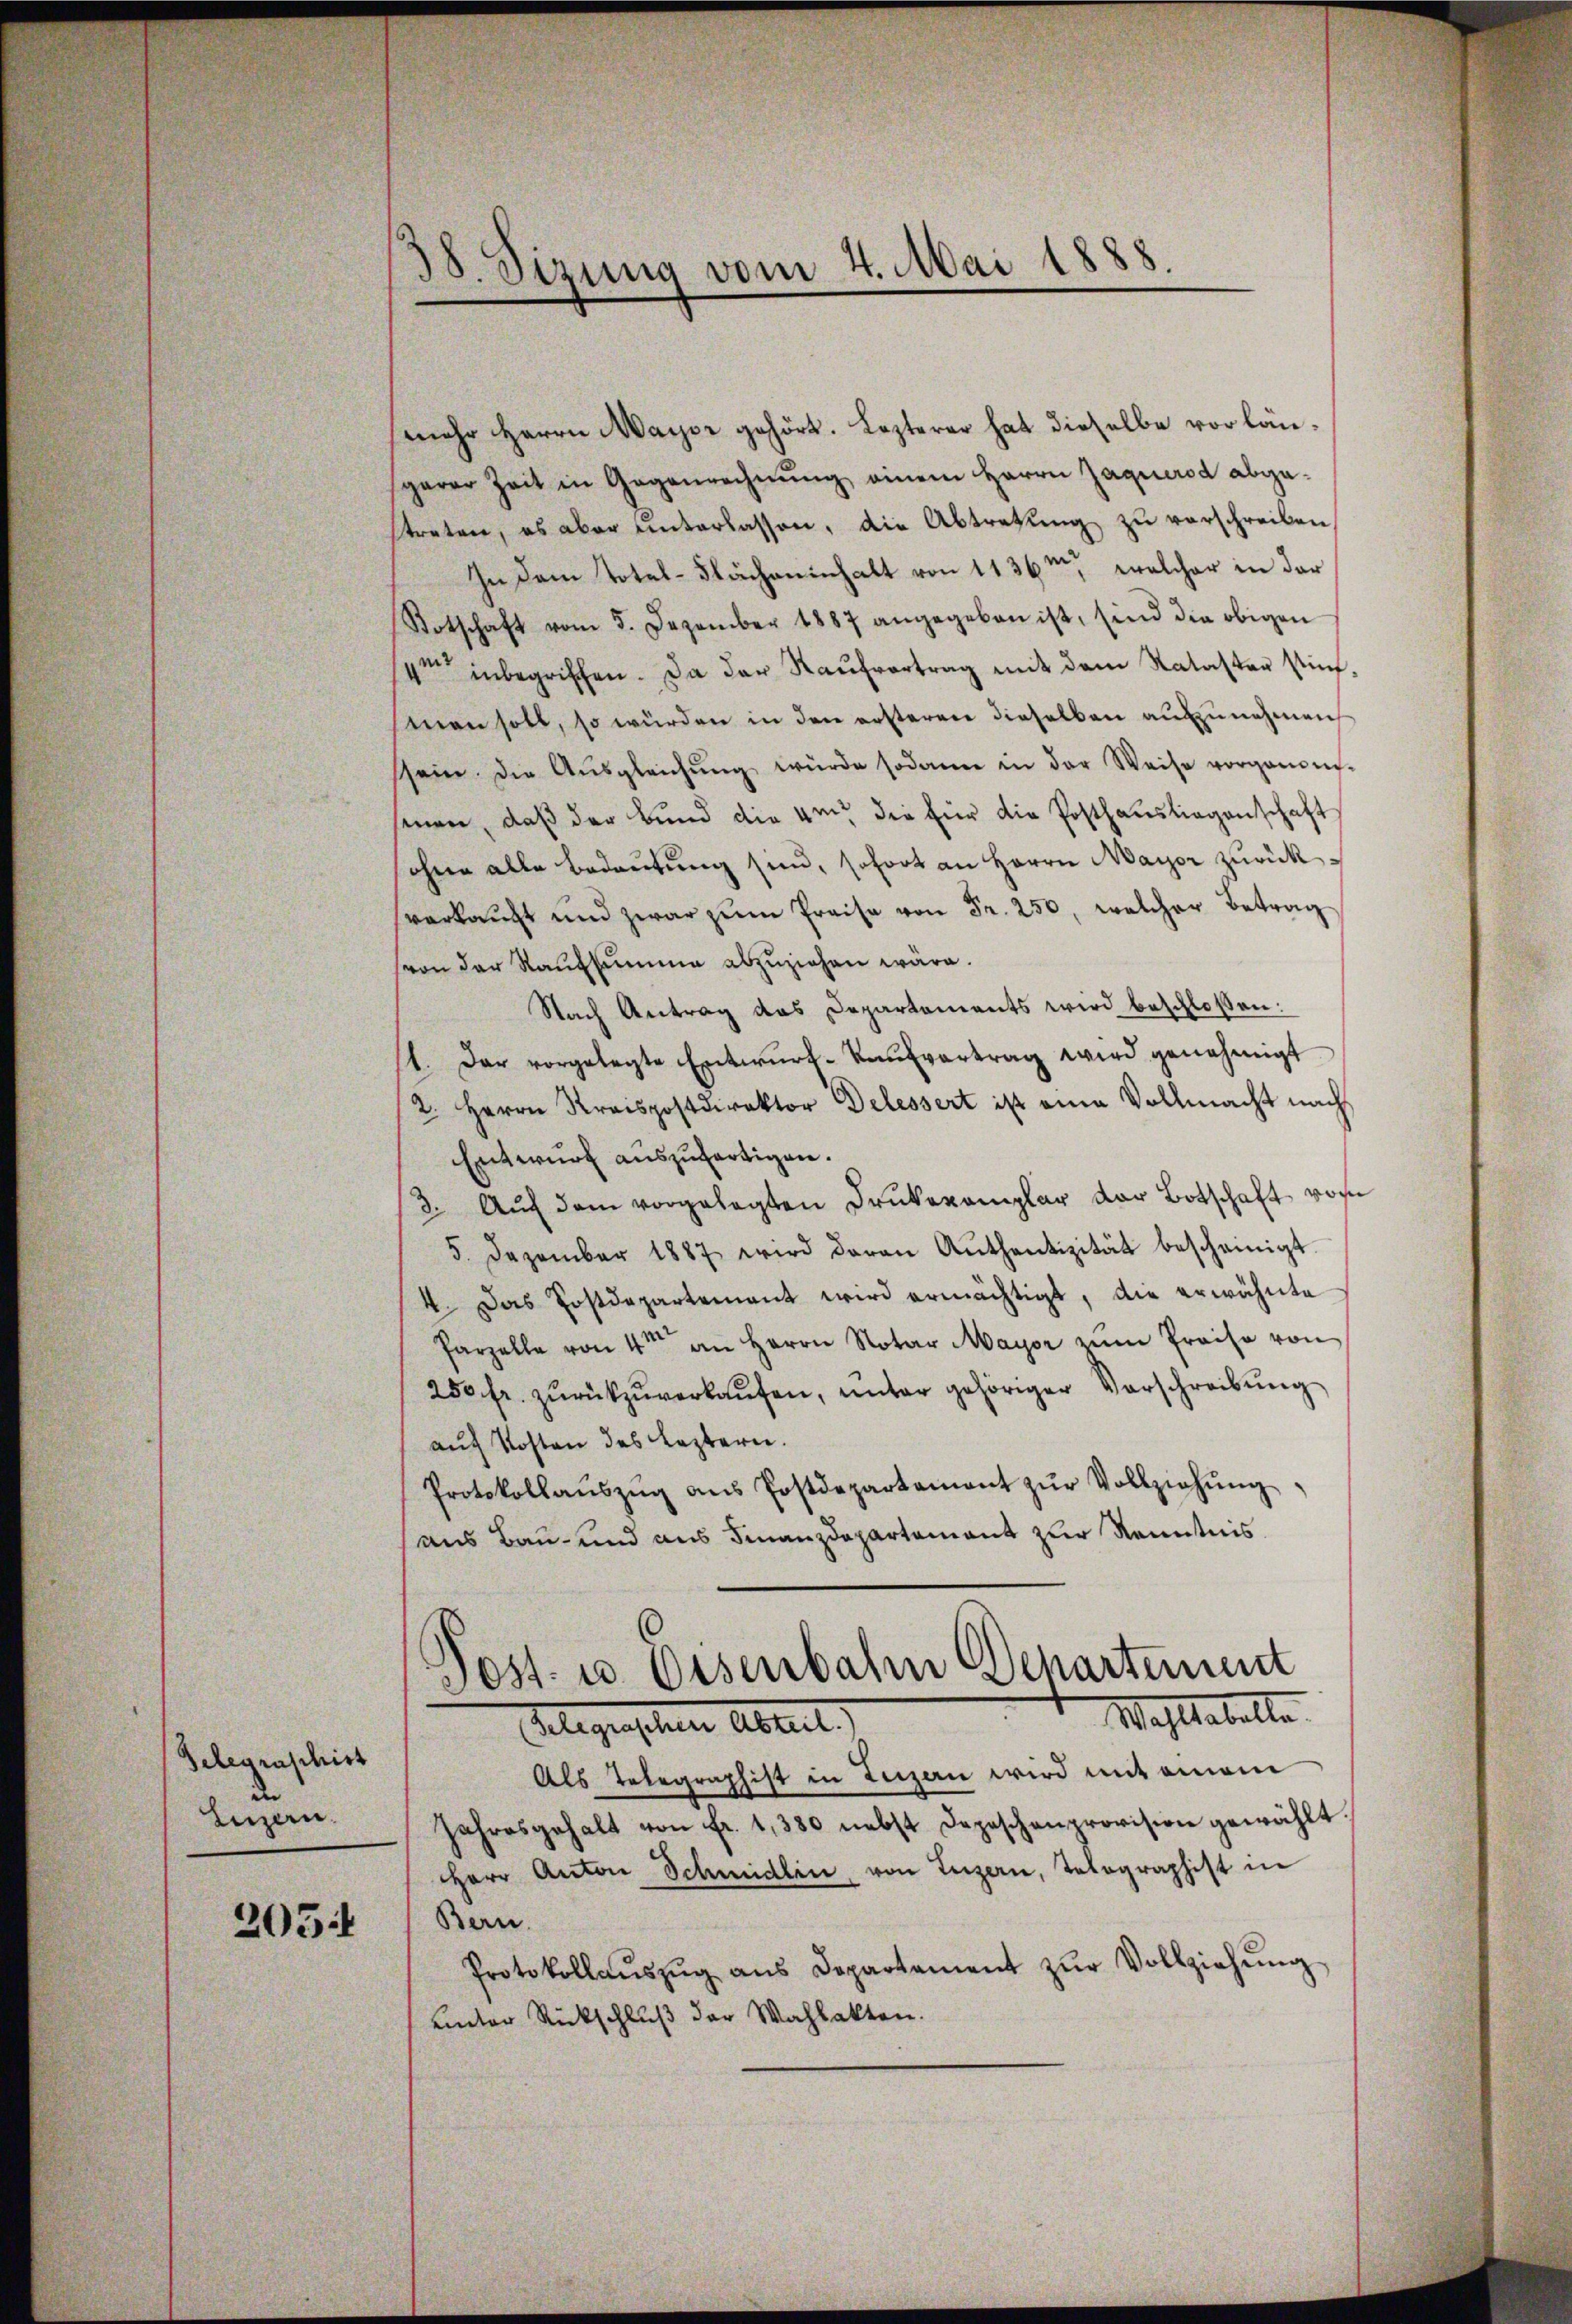
Gelegraschirt
de
Luzern.

205:

38. Sizung vom 4. Mai 1888.

mehr Herrn Mayer gehört. Lezterer hat dieselbe vorlängerer Zeit in Gegenrechnŭng einem Herrn Jaquerod abgatreten, es aber unterlassen, die Abtretung zu verschreiben
In dem Totel-Flächeninhalt von 1136m, welcher in der
Totschaft vom 5. Dezember 1887 angegeben ist, sind die obigen
4m inbegriffen. Da der Kaŭfvertrag mit dem Nataster künf-
man soll, so würden in den ersteren dieselben aufzunehmen
sein. Die Aŭsgleichŭng würde sodann in der Weise vorgenden-
senen, daß der Bund die um die für die Posthausliegenschaft
ohne alle Bedeutung sind, sofort an Herrn Mayer zurückverkauft und zwar zŭm Preise von Fr. 250, welcher Betrag
von der Kaufsumme abzuziehen wäre.
Nach Antrag das Departements wird beschloßen:
1. Das vorgelegte Entwŭrf-Kaŭfvertrag wird genehmigt
2. Herrn Kreispostdirektor Delessert ist eine Vollmacht nach
Entwurf auszufertigen.
3. Aŭch dem vorgelegten Drukeremplar der Botschaft von
5. Dezember 1887 wird daran Anthentizität bescheinigt.
4. Das Postdepartement wird ermächtigt, die erwähnte
Parzelle von 4 an Herrn Notar Mayor zŭm Preise von
250 fr. zŭrückzŭverkaŭfen, ŭnter gehöriger Vorschreibŭng
auf Kosten des Leztern.
Protokollaŭszŭg ans Postdepartament zŭr Vollziehŭng.
aus Bau- und aus Finanzdepartement zur Kenntnis
d
Jost u. Osenbahn Departement
Wahlabelle.
Gelegenschen Abreit
Als Telegraphist in Luzern wird mit einem
Jahresgehalt von fr. 1380 nebst Depeschenprovision gewählt.
Herr Anton Schmidlin, von Luzern, Tolographist in
Bern.
Protokollaŭszŭg ans Departement zŭr Vollziehŭng
unter Rückschluß der Wahlakten.